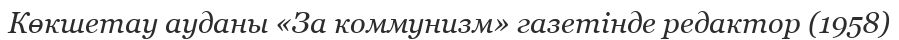
Көкшетау ауданы «За коммунизм» газетінде редактор (1958)